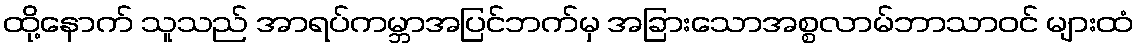
ထို့နောက် သူသည် အာရပ်ကမ္ဘာအပြင်ဘက်မှ အခြားသောအစ္စလာမ်ဘာသာဝင် များထံ